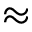
\approx